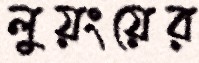
লুয়ংয়ের